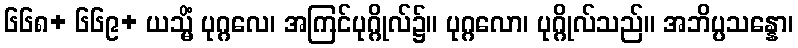
၆၆၈+ ၆၆၉+ ယသ္မိံ ပုဂ္ဂလေ၊ အကြင်ပုဂ္ဂိုလ်၌။ ပုဂ္ဂလော၊ ပုဂ္ဂိုလ်သည်။ အဘိပ္ပသန္နော၊